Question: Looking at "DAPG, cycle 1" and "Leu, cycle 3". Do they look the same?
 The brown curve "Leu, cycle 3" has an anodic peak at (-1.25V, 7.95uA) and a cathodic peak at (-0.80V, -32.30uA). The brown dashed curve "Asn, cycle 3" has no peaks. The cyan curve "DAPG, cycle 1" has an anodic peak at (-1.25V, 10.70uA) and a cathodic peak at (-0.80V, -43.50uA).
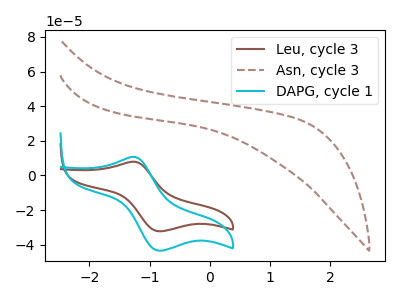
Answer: <think>All the peaks in "DAPG, cycle 1" have a peak in "Leu, cycle 3" at the same potential. Every peak in "DAPG, cycle 1" is higher than every peak in "Leu, cycle 3".
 </think>
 <answer>"DAPG, cycle 1" and "Leu, cycle 3" are similar in shape.</answer>
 <eval>same_shape</eval>